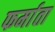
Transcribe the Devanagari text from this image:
फर्माता